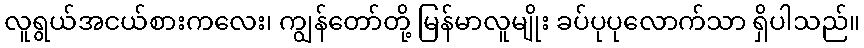
လူရွယ်အငယ်စားကလေး၊ ကျွန်တော်တို့ မြန်မာလူမျိုး ခပ်ပုပုလောက်သာ ရှိပါသည်။